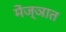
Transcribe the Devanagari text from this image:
मेंज्ञात